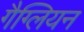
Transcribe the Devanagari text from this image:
गैग्लियन